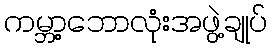
ကမ္ဘာ့ဘောလုံးအဖွဲ့ချုပ်